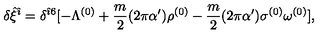
\delta { \hat { \xi } } ^ { { \hat { \imath } } } = \delta ^ { { \hat { \imath } } 6 } [ - \Lambda ^ { ( 0 ) } + \frac { m } { 2 } ( 2 \pi \alpha ^ { \prime } ) { \rho } ^ { ( 0 ) } - \frac { m } { 2 } ( 2 \pi \alpha ^ { \prime } ) \sigma ^ { ( 0 ) } \omega ^ { ( 0 ) } ] ,